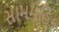
સામમૂહિક